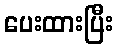
ပေးထားပြီး